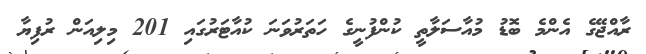
ރާއްޖޭގެ އެންމެ ބޮޑު މުއާސަލާތީ ކުންފުނީގެ ހަތަރުވަނަ ކުއާޓަރުގައި 201 މިލިއަން ރުފިޔާ